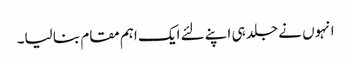
انہوں نے جلد ہی اپنے لئے ایک اہم مقام بنا لیا۔